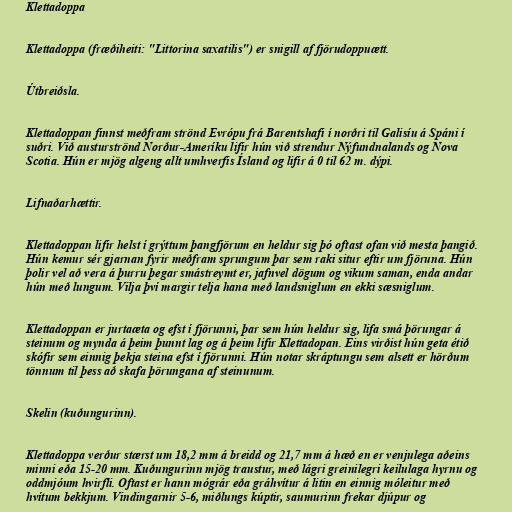
Klettadoppa

Klettadoppa (fræðiheiti: "Littorina saxatilis") er snigill af fjörudoppuætt.

Útbreiðsla.

Klettadoppan finnst meðfram strönd Evrópu frá Barentshafi í norðri til Galisíu á Spáni í
suðri. Við austurströnd Norður-Ameríku lifir hún við strendur Nýfundnalands og Nova
Scotia. Hún er mjög algeng allt umhverfis Ísland og lifir á 0 til 62 m. dýpi.

Lifnaðarhættir.

Klettadoppan lifir helst í grýttum þangfjörum en heldur sig þó oftast ofan við mesta þangið.
Hún kemur sér gjarnan fyrir meðfram sprungum þar sem raki situr eftir um fjöruna. Hún
þolir vel að vera á þurru þegar smástreymt er, jafnvel dögum og vikum saman, enda andar
hún með lungum. Vilja því margir telja hana með landsniglum en ekki sæsniglum.

Klettadoppan er jurtaæta og efst í fjörunni, þar sem hún heldur sig, lifa smá þörungar á
steinum og mynda á þeim þunnt lag og á þeim lifir Klettadopan. Eins virðist hún geta étið
skófir sem einnig þekja steina efst í fjörunni. Hún notar skráptungu sem alsett er hörðum
tönnum til þess að skafa þörungana af steinunum.

Skelin (kuðungurinn).

Klettadoppa verður stærst um 18,2 mm á breidd og 21,7 mm á hæð en er venjulega aðeins
minni eða 15-20 mm. Kuðungurinn mjög traustur, með lágri greinilegri keilulaga hyrnu og
oddmjóum hvirfli. Oftast er hann mógrár eða gráhvítur á litin en einnig móleitur með
hvítum bekkjum. Vindingarnir 5-6, miðlungs kúptir, saumurinn frekar djúpur og